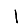
Digit: 1